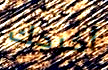
أخرجك